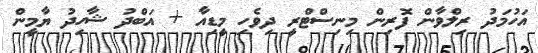
އަހުމަދު ރިލްވާން ފޮރިން މިނިސްޓްރީ ދިވެހި މީޑިއާ + އަބްދު ޝާހިދު ޔާމީން